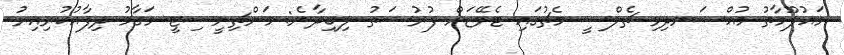
މައުލޫމާތު މުއްސަނދިވި ޗެލްސީ މެޗުގައި ޓެވޭޒަށް ފުރުސަތު ލިބިދާނެ: މަންޗިނީސިޓީ މަގާމު ދިފާއުކުރިއިރު